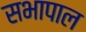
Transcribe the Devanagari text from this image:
सभापाल